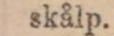
skålp.